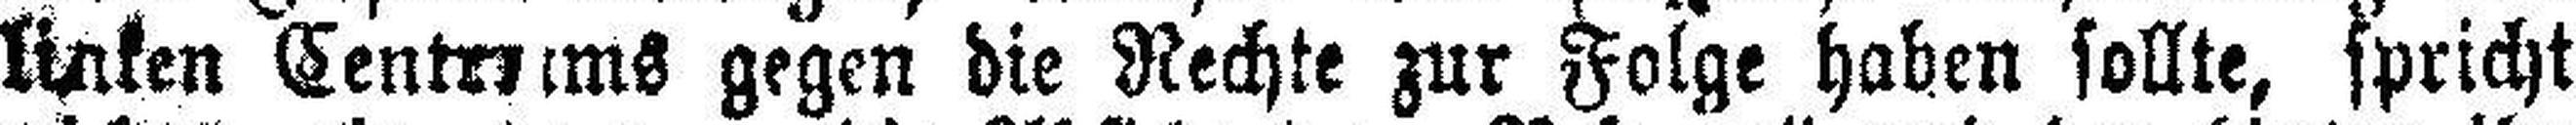
linken Centrums gegen die Rechte zur Folge haben sollte, spricht